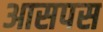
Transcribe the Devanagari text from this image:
आसपस